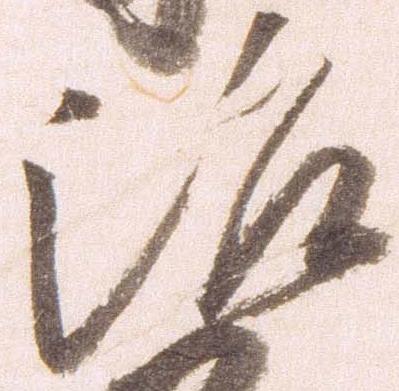
治